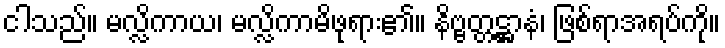
ငါသည်။ မလ္လိကာယ၊ မလ္လိကာမိဖုရား၏။ နိဗ္ဗတ္တဋ္ဌာနံ၊ ဖြစ်ရာအရပ်ကို။